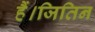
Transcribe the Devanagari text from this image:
हैं।जितिन